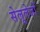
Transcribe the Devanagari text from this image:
सेलूलेजों